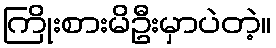
ကြိုးစားမိဦးမှာပဲတဲ့။